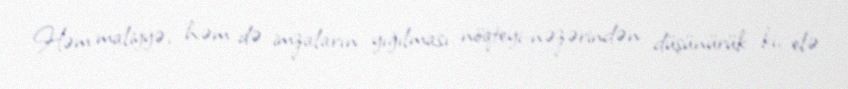
Həm maliyyə, həm də imzaların yığılması nöqteyi-nəzərindən düşünürük ki, elə